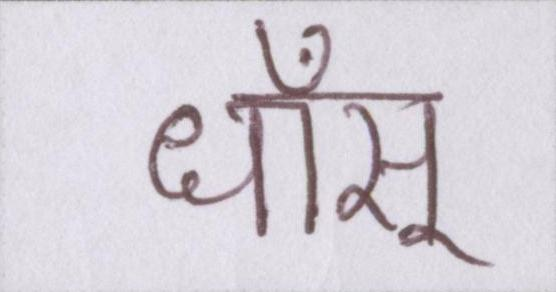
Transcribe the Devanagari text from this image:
धाँसू